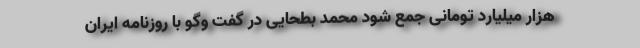
هزار میلیارد تومانی جمع شود محمد بطحایی در گفت وگو با روزنامه ایران